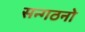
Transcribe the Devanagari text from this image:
सन्गठनो